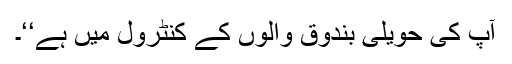
آپ کی حویلی بندوق والوں کے کنٹرول میں ہے‘‘۔